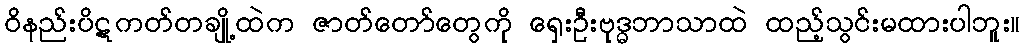
ဝိနည်းပိဋကတ်တချို့ထဲက ဇာတ်တော်တွေကို ရှေးဦးဗုဒ္ဓဘာသာထဲ ထည့်သွင်းမထားပါဘူး။